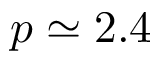
p \simeq 2 . 4